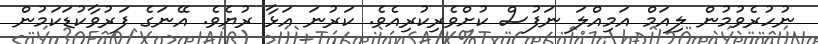
ނުހުރެވުމުން ލިއަމް އަމިއްލަ ނަފުސް ކުށްވެރިކުރިއެވެ. ކަރުނަ އަޅާ ރުޔެވެ. އޭނަގެ ފަރުވާކުޑަކަމުން